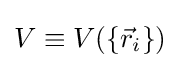
{\textstyle V\equiv V(\{{\vec {r}}_{i}\})}